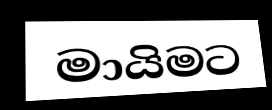
මායිමට